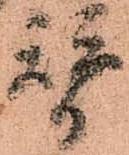
替